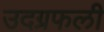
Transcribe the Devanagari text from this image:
उदग्रफली